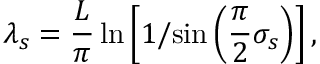
\lambda _ { s } = \frac { L } { \pi } \ln \left[ 1 / { \sin \left( \frac { \pi } { 2 } \sigma _ { s } \right) } \right] ,